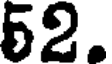
52.